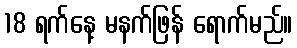
18 ရက်နေ့ မနက်ဖြန် ရောက်မည်။